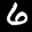
Label: 6